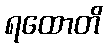
ရထောတိ